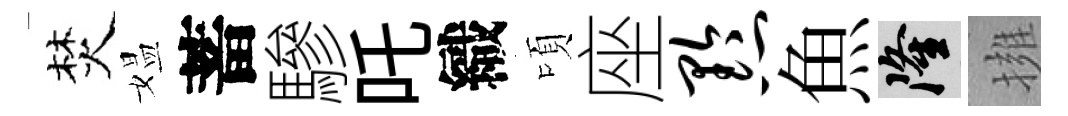
焚媪蓄驂吒織頃座黔魚隆擁